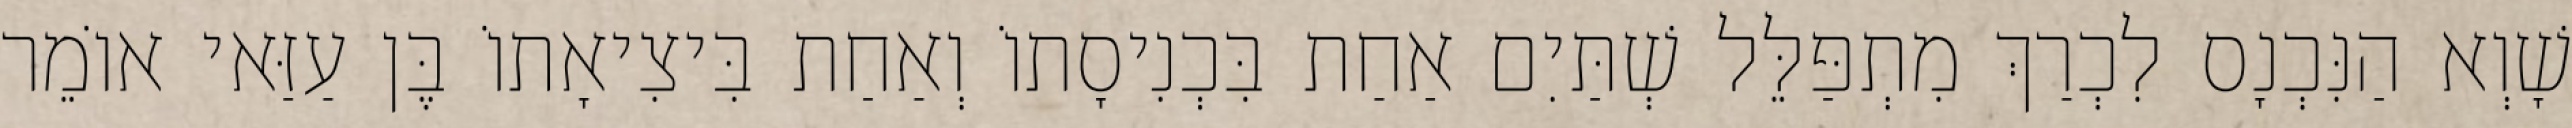
שָׁוְא הַנִּכְנָס לִכְרַךְ מִתְפַּלֵּל שְׁתַּיִם אַחַת בִּכְנִיסָתוֹ וְאַחַת בִּיצִיאָתוֹ בֶּן עַזַּאי אוֹמֵר